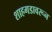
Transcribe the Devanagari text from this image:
शाहगडावरून